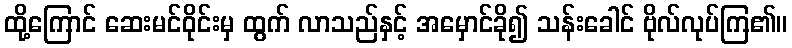
ထို့ကြောင် ဆေးမင်ဝိုင်းမှ ထွက် လာသည်နှင့် အမှောင်ခို၍ သန်းခေါင် ဗိုလ်လုပ်ကြ၏။